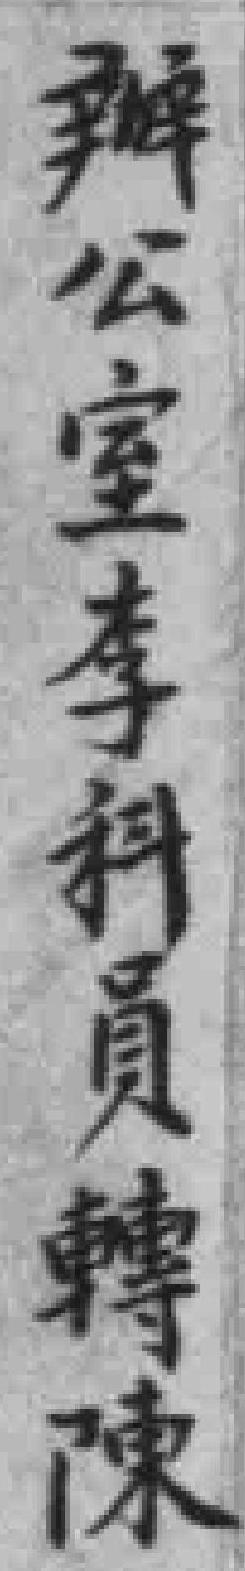
辦公室李科員轉陳